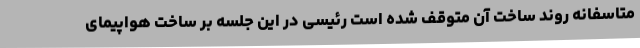
متاسفانه روند ساخت آن متوقف شده است رئیسی در این جلسه بر ساخت هواپیمای